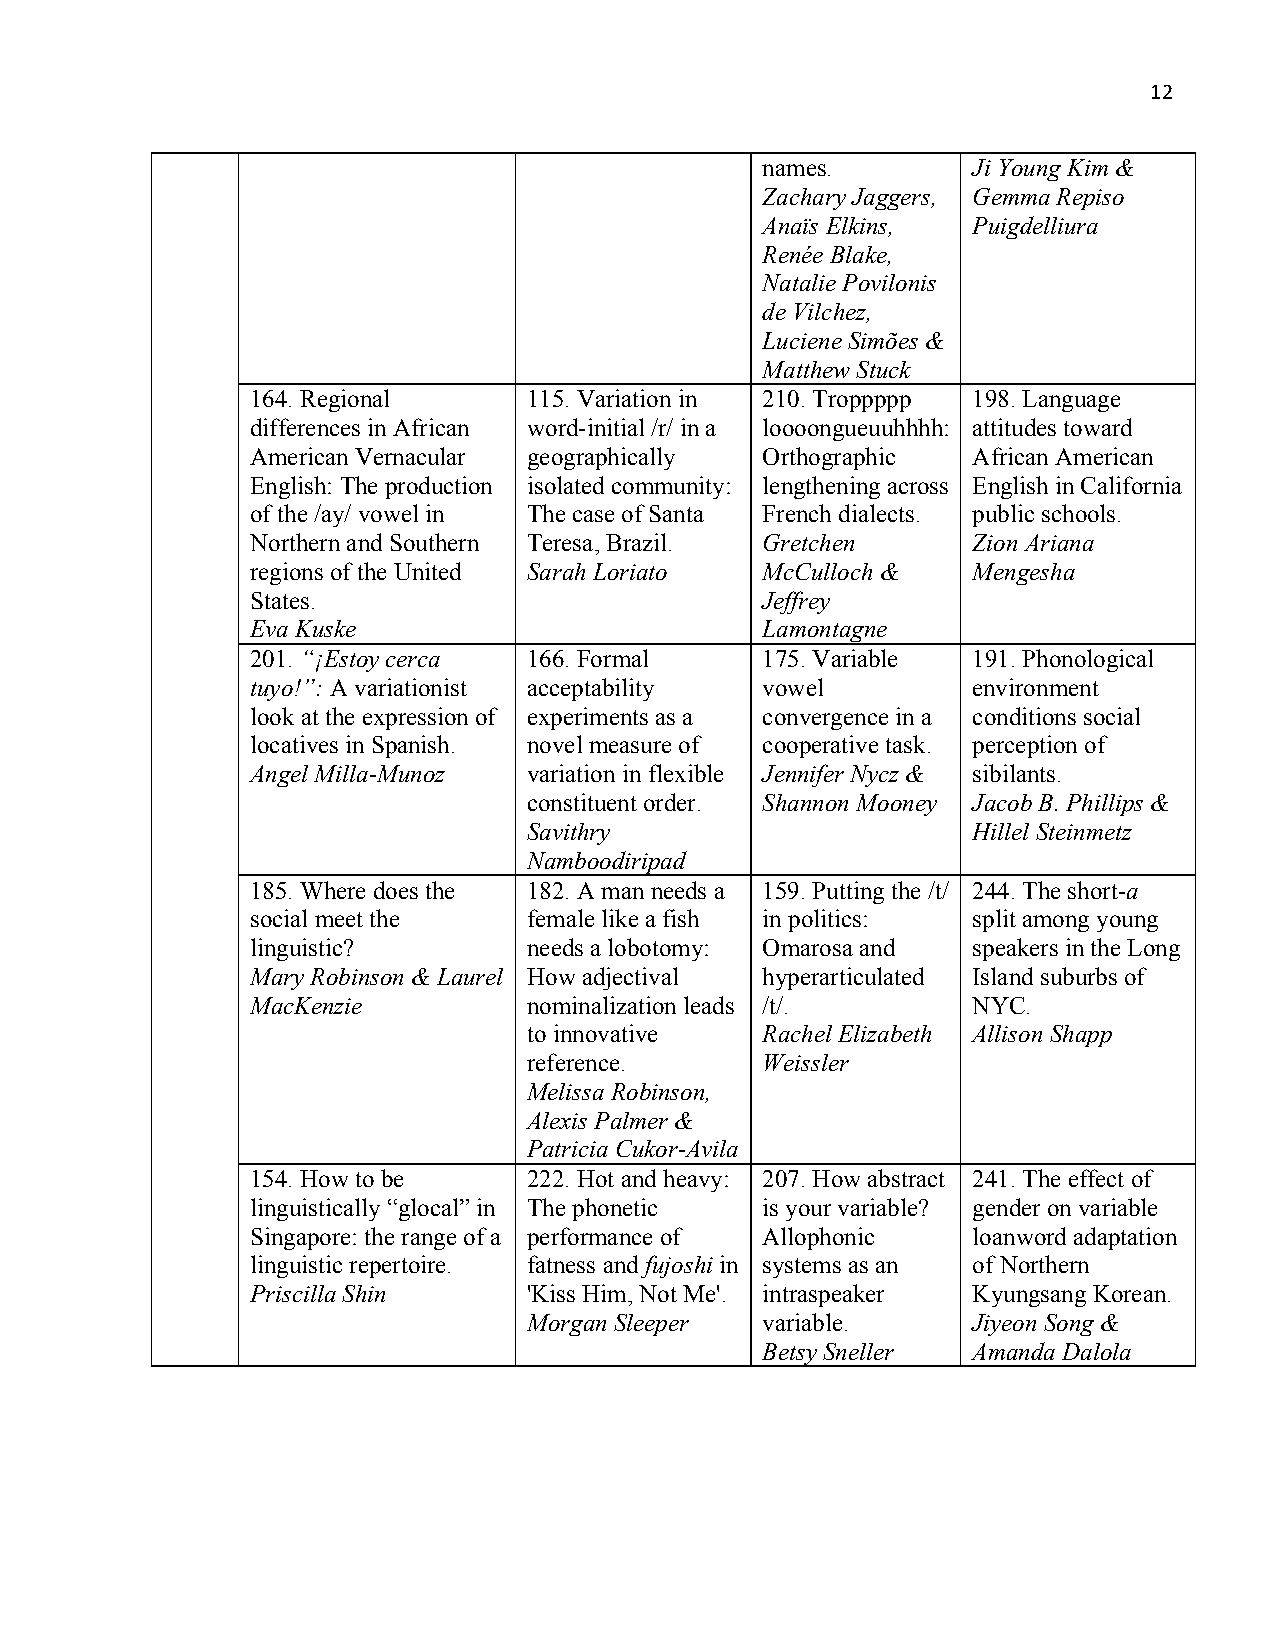
12
 names.        Ji Young Kim &
 Zachary Jaggers, Gemma Repiso
 Anaïs Elkins, Puigdelliura
 Renée Blake,
 Natalie Povilonis
 de Vilchez,
 Luciene Simões &
 Matthew Stuck
 164. Regional     115. Variation in 210. Troppppp 198. Language
 differences in African word-initial /r/ in a loooongueuuhhhh: attitudes toward
 American Vernacular geographically Orthographic African American
 English: The production isolated community: lengthening across English in California
 of the /ay/ vowel in The case of Santa French dialects. public schools.
 Northern and Southern Teresa, Brazil. Gretchen Zion Ariana
 regions of the United Sarah Loriato McCulloch & Mengesha
 States.                          Jeffrey
 Eva Kuske                        Lamontagne
 201. “¡Estoy cerca 166. Formal   175. Variable 191. Phonological
 tuyo!”: A variationist acceptability vowel     environment
 look at the expression of experiments as a convergence in a conditions social
 locatives in Spanish. novel measure of cooperative task. perception of
 Angel Milla-Munoz variation in flexible Jennifer Nycz & sibilants.
 constituent order. Shannon Mooney Jacob B. Phillips &
 Savithry                     Hillel Steinmetz
 Namboodiripad
 185. Where does the 182. A man needs a 159. Putting the /t/ 244. The short-a
 social meet the   female like a fish in politics: split among young
 linguistic?       needs a lobotomy: Omarosa and speakers in the Long
 Mary Robinson & Laurel How adjectival hyperarticulated Island suburbs of
 MacKenzie         nominalization leads /t/.    NYC.
 to innovative  Rachel Elizabeth Allison Shapp
 reference.     Weissler
 Melissa Robinson,
 Alexis Palmer &
 Patricia Cukor-Avila
 154. How to be    222. Hot and heavy: 207. How abstract 241. The effect of
 linguistically “glocal” in The phonetic is your variable? gender on variable
 Singapore: the range of a performance of Allophonic loanword adaptation
 linguistic repertoire. fatness and fujoshi in systems as an of Northern
 Priscilla Shin    'Kiss Him, Not Me'. intraspeaker Kyungsang Korean.
 Morgan Sleeper variable.     Jiyeon Song &
 Betsy Sneller Amanda Dalola